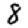
Digit: 8